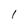
Character: l